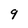
Character: 9